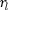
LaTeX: r _ { \mathit { l } }